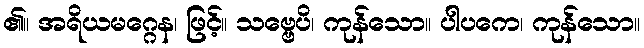
၏။ အရိယမဂ္ဂေန၊ ဖြင့်။ သဗ္ဗေပိ၊ ကုန်သော။ ပါပကေ၊ ကုန်သော။